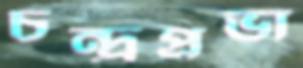
চন্দ্র্রপ্রভা